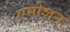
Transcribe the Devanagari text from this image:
एमोशन